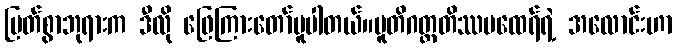
မြတ်စွာဘုရားက ဒီလို ဖြေကြားတော်မူပါတယ်။ပူတိဂတ္တတိဿမထေရ်ရဲ့ အလောင်းဟာ